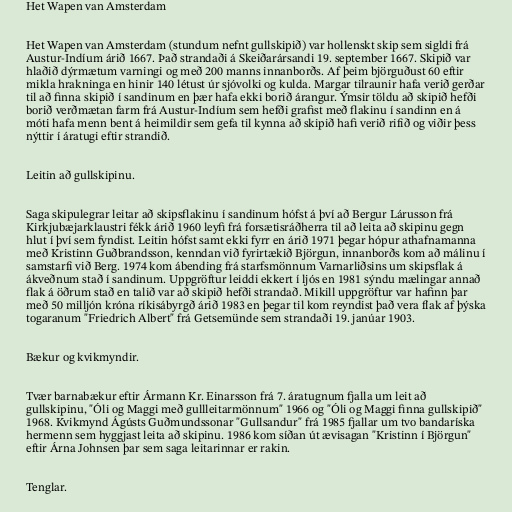
Het Wapen van Amsterdam

Het Wapen van Amsterdam (stundum nefnt gullskipið) var hollenskt skip sem sigldi frá
Austur-Indíum árið 1667. Það strandaði á Skeiðarársandi 19. september 1667. Skipið var
hlaðið dýrmætum varningi og með 200 manns innanborðs. Af þeim björguðust 60 eftir
mikla hrakninga en hinir 140 létust úr sjóvolki og kulda. Margar tilraunir hafa verið gerðar
til að finna skipið í sandinum en þær hafa ekki borið árangur. Ýmsir töldu að skipið hefði
borið verðmætan farm frá Austur-Indíum sem hefði grafist með flakinu í sandinn en á
móti hafa menn bent á heimildir sem gefa til kynna að skipið hafi verið rifið og viðir þess
nýttir í áratugi eftir strandið.

Leitin að gullskipinu.

Saga skipulegrar leitar að skipsflakinu í sandinum hófst á því að Bergur Lárusson frá
Kirkjubæjarklaustri fékk árið 1960 leyfi frá forsætisráðherra til að leita að skipinu gegn
hlut í því sem fyndist. Leitin hófst samt ekki fyrr en árið 1971 þegar hópur athafnamanna
með Kristinn Guðbrandsson, kenndan við fyrirtækið Björgun, innanborðs kom að málinu í
samstarfi við Berg. 1974 kom ábending frá starfsmönnum Varnarliðsins um skipsflak á
ákveðnum stað í sandinum. Uppgröftur leiddi ekkert í ljós en 1981 sýndu mælingar annað
flak á öðrum stað en talið var að skipið hefði strandað. Mikill uppgröftur var hafinn þar
með 50 milljón króna ríkisábyrgð árið 1983 en þegar til kom reyndist það vera flak af þýska
togaranum "Friedrich Albert" frá Getsemünde sem strandaði 19. janúar 1903.

Bækur og kvikmyndir.

Tvær barnabækur eftir Ármann Kr. Einarsson frá 7. áratugnum fjalla um leit að
gullskipinu, "Óli og Maggi með gullleitarmönnum" 1966 og "Óli og Maggi finna gullskipið"
1968. Kvikmynd Ágústs Guðmundssonar "Gullsandur" frá 1985 fjallar um tvo bandaríska
hermenn sem hyggjast leita að skipinu. 1986 kom síðan út ævisagan "Kristinn í Björgun"
eftir Árna Johnsen þar sem saga leitarinnar er rakin.

Tenglar.